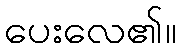
ပေးလေ၏။